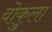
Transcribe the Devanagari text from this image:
वोकुला